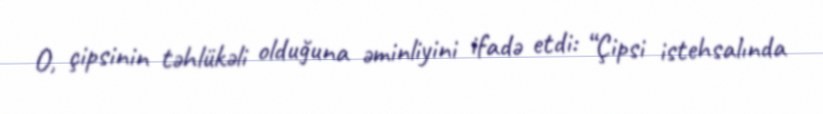
O, çipsinin təhlükəli olduğuna əminliyini ifadə etdi: “Çipsi istehsalında